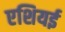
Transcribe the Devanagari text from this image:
एशियई